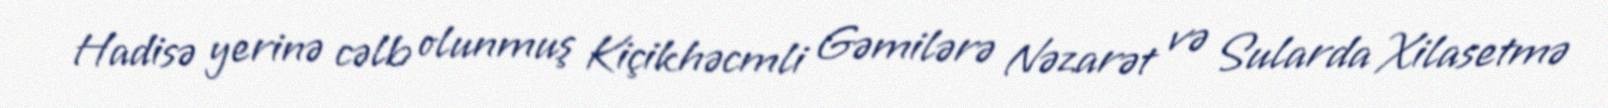
Hadisə yerinə cəlb olunmuş Kiçikhəcmli Gəmilərə Nəzarət və Sularda Xilasetmə